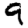
Digit: 9